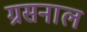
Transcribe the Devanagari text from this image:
ग्रसनाल